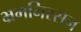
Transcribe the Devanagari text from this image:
भ्रमनिरसन